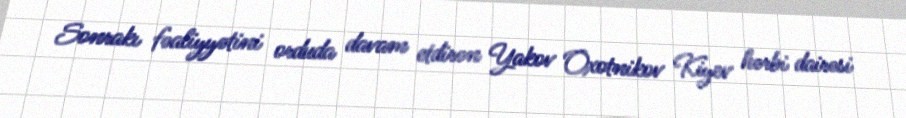
Sonrakı fəaliyyətini orduda davam etdirən Yakov Oxotnikov Kiyev hərbi dairəsi